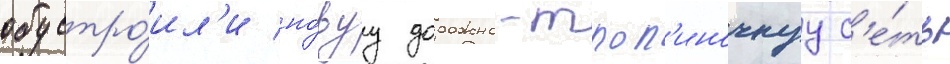
обустро́ил'и но́вуу дорожно-троп'иночнуу с'е́ть